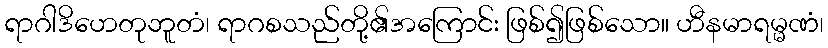
ရာဂါဒိဟေတုဘူတံ၊ ရာဂစသည်တို့၏အကြောင်း ဖြစ်၍ဖြစ်သော။ ဟီနမာရမ္မဏံ၊